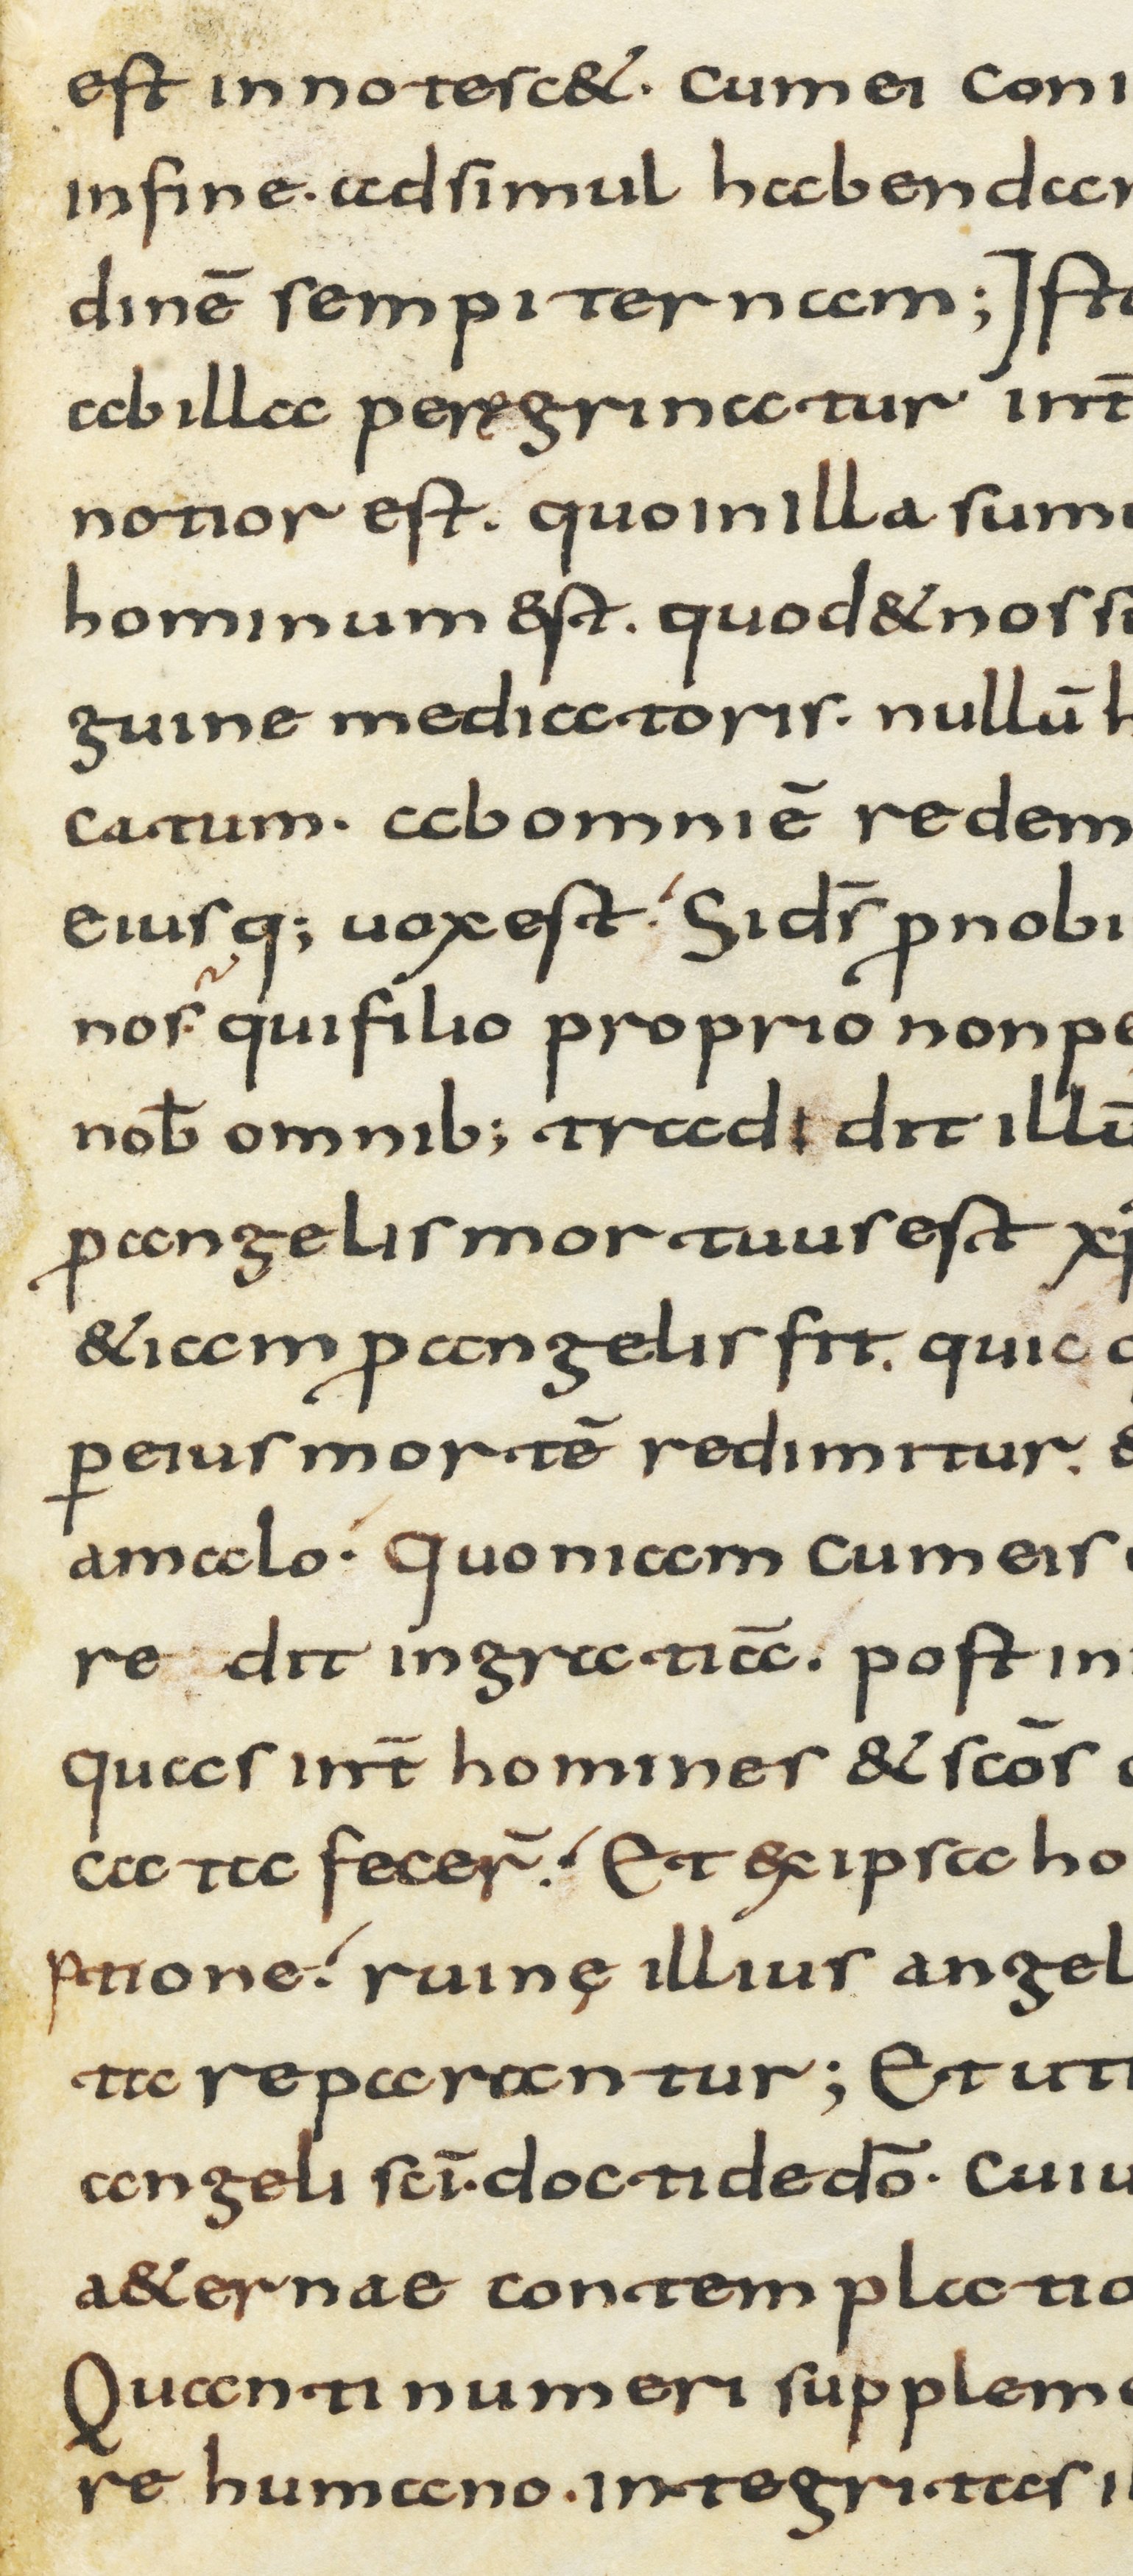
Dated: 800–1299